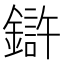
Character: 𲇠